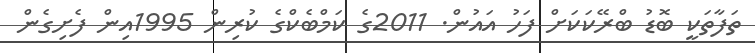
ތަފާތަކީ ބޮޑު ބްރޭކަކަށް ފަހު އައުން. 2011ގެ ކަމްބެކްގެ ކުރިން 1995އިން ފެށިގެން